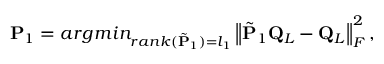
\mathbf { P } _ { 1 } = a r g m i n _ { r a n k ( \tilde { \mathbf { P } } _ { 1 } ) = l _ { 1 } } \left\lVert \tilde { \mathbf { P } } _ { 1 } \mathbf { Q } _ { L } - \mathbf { Q } _ { L } \right\rVert _ { F } ^ { 2 } ,